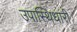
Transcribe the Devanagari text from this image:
उपास्थिधारी